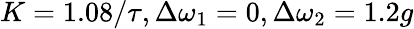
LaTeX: K=1.08/\tau,\Delta\omega_{1}=0,\Delta\omega_{2}=1.2g